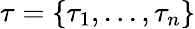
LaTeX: \tau=\{ \tau_{1},...,\tau_{n}\}